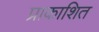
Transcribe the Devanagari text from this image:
प्राकाशित